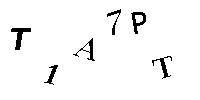
T1A7PT